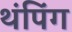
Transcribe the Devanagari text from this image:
थंपिंग